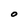
Character: O